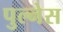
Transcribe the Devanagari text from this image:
पुल्नेस